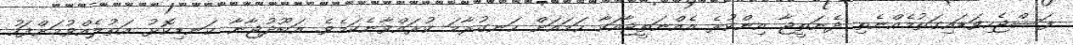
ފަސްޖެހިވަޑައިގަތުމެއްނެތި ދެނަތީޖާ އިންކުރެ އެއްނަތީޖާއަކާ ހަމައަށް ހަނގުރާމަ ކުރައްވާނެކަމެވެ. އަބޫދުޖާނާ ކަނޑިކޮޅު އަތުލެއްވުމަށްފަހު